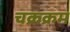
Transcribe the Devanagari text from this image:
चक्रक्रम